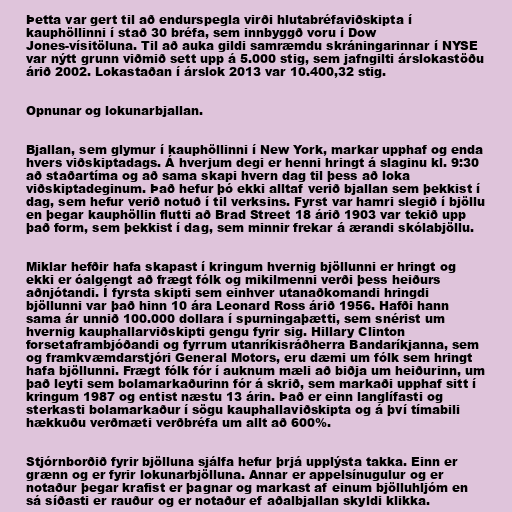
Þetta var gert til að endurspegla virði hlutabréfaviðskipta í
kauphöllinni í stað 30 bréfa, sem innbyggð voru í Dow
Jones-vísitöluna. Til að auka gildi samræmdu skráningarinnar í NYSE
var nýtt grunn viðmið sett upp á 5.000 stig, sem jafngilti árslokastöðu
árið 2002. Lokastaðan í árslok 2013 var 10.400,32 stig.

Opnunar og lokunarbjallan.

Bjallan, sem glymur í kauphöllinni í New York, markar upphaf og enda
hvers viðskiptadags. Á hverjum degi er henni hringt á slaginu kl. 9:30
að staðartíma og að sama skapi hvern dag til þess að loka
viðskiptadeginum. Það hefur þó ekki alltaf verið bjallan sem þekkist í
dag, sem hefur verið notuð í til verksins. Fyrst var hamri slegið í bjöllu
en þegar kauphöllin flutti að Brad Street 18 árið 1903 var tekið upp
það form, sem þekkist í dag, sem minnir frekar á ærandi skólabjöllu.

Miklar hefðir hafa skapast í kringum hvernig bjöllunni er hringt og
ekki er óalgengt að frægt fólk og mikilmenni verði þess heiðurs
aðnjótandi. Í fyrsta skipti sem einhver utanaðkomandi hringdi
bjöllunni var það hinn 10 ára Leonard Ross árið 1956. Hafði hann
sama ár unnið 100.000 dollara í spurningaþætti, sem snérist um
hvernig kauphallarviðskipti gengu fyrir sig. Hillary Clinton
forsetaframbjóðandi og fyrrum utanríkisráðherra Bandaríkjanna, sem
og framkvæmdarstjóri General Motors, eru dæmi um fólk sem hringt
hafa bjöllunni. Frægt fólk fór í auknum mæli að biðja um heiðurinn, um
það leyti sem bolamarkaðurinn fór á skrið, sem markaði upphaf sitt í
kringum 1987 og entist næstu 13 árin. Það er einn langlífasti og
sterkasti bolamarkaður í sögu kauphallaviðskipta og á því tímabili
hækkuðu verðmæti verðbréfa um allt að 600%.

Stjórnborðið fyrir bjölluna sjálfa hefur þrjá upplýsta takka. Einn er
grænn og er fyrir lokunarbjölluna. Annar er appelsínugulur og er
notaður þegar krafist er þagnar og markast af einum bjölluhljóm en
sá síðasti er rauður og er notaður ef aðalbjallan skyldi klikka.